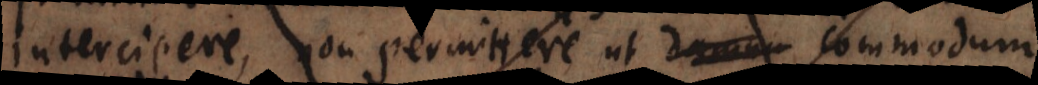
intercipere, non permittere ut damn commodum